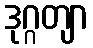
ဒုဂ္ဂတျာ